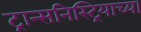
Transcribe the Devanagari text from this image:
ट्रान्सनिस्ट्रियाच्या